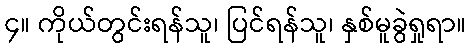
၄။ ကိုယ်တွင်းရန်သူ၊ ပြင်ရန်သူ၊ နှစ်မူခွဲရှုရာ။